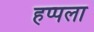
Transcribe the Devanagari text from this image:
हप्पला